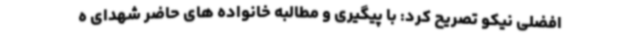
افضلی نیکو تصریح کرد: با پیگیری و مطالبه خانواده های حاضر شهدای ه